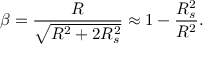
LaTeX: \beta = { \frac { R } { \sqrt { R ^ { 2 } + 2 R _ { s } ^ { 2 } } } } \approx 1 - { \frac { R _ { s } ^ { 2 } } { R ^ { 2 } } } .